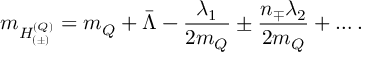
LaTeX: m _ { H _ { ( \pm ) } ^ { ( Q ) } } = m _ { Q } + \bar { \Lambda } - \frac { \lambda _ { 1 } } { 2 m _ { Q } } \pm \frac { n _ { \mp } \lambda _ { 2 } } { 2 m _ { Q } } + \ldots .